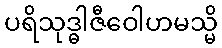
ပရိသုဒ္ဓါဇီဝေါဟမသ္မိ